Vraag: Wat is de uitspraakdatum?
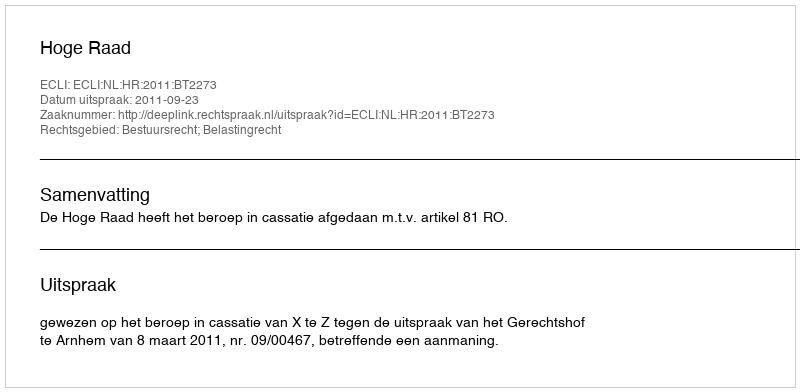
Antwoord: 2011-09-23